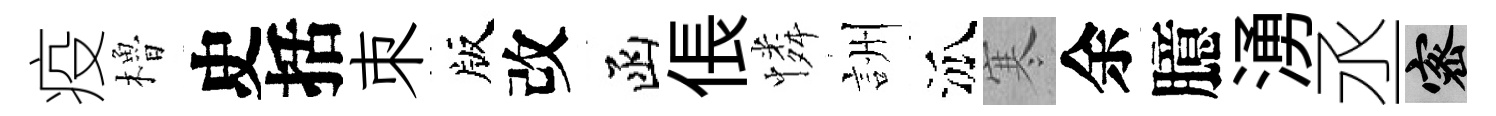
疫櫓史括朿版改函倀憐詶泒寒余臆湧丞密